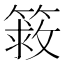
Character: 𰪔